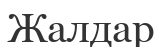
Жалдар